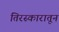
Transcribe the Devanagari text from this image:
तिरस्कारातून